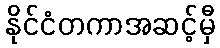
နိုင်ငံတကာအဆင့်မှီ